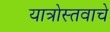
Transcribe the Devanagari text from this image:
यात्रोस्तवाचे